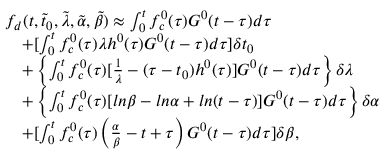
\begin{array} { r l } & { f _ { d } ( t , \tilde { t } _ { 0 } , \tilde { \lambda } , \tilde { \alpha } , \tilde { \beta } ) \approx \int _ { 0 } ^ { t } { f _ { c } ^ { 0 } ( \tau ) G ^ { 0 } ( t - \tau ) d \tau } } \\ & { \quad + [ \int _ { 0 } ^ { t } { f _ { c } ^ { 0 } ( \tau ) \lambda h ^ { 0 } ( \tau ) G ^ { 0 } ( t - \tau ) d \tau } ] \delta t _ { 0 } } \\ & { \quad + \left\lbrace \int _ { 0 } ^ { t } { f _ { c } ^ { 0 } ( \tau ) [ \frac { 1 } { \lambda } - ( \tau - t _ { 0 } ) h ^ { 0 } ( \tau ) ] G ^ { 0 } ( t - \tau ) d \tau } \right\rbrace \delta \lambda } \\ & { \quad + \left\lbrace \int _ { 0 } ^ { t } { f _ { c } ^ { 0 } ( \tau ) [ l n \beta - l n \alpha + l n ( t - \tau ) ] G ^ { 0 } ( t - \tau ) d \tau } \right\rbrace \delta \alpha } \\ & { \quad + [ \int _ { 0 } ^ { t } { f _ { c } ^ { 0 } ( \tau ) \left( \frac { \alpha } { \beta } - t + \tau \right) G ^ { 0 } ( t - \tau ) d \tau } ] \delta \beta , } \end{array}